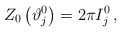
\begin{align*}Z_{0}\left( \vartheta _{j}^{0}\right) =2\pi I_{j}^{0}\, ,\end{align*}